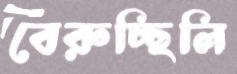
বেরুচ্ছিলি